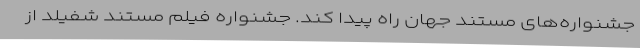
جشنواره‌های مستند جهان راه پیدا کند. جشنواره فیلم مستند شفیلد از